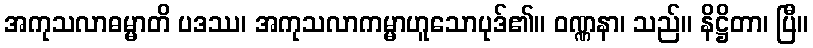
အကုသလာဓမ္မာတိ ပဒဿ၊ အကုသလာကမ္မာဟူသောပုဒ်၏။ ဝဏ္ဏနာ၊ သည်။ နိဋ္ဌိတာ၊ ပြီ။